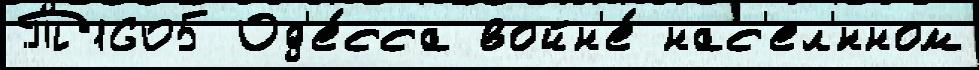
Т1605 Од'е́сса войн'е́ нас'ел'́нном